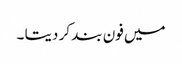
میں فون بند کر دیتا ۔